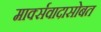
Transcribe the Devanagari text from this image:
मार्क्सवादासोबत